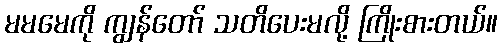
မမမေကို ကျွန်တော် သတိပေးမလို့ ကြိုးစားတယ်။